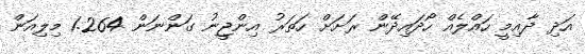
އަދި ދާއިމީ ހައްލެއް ހޯދައިދޭން ރަށަށް ހަތަރު އިންޖީނު ގަންނަން 1.264 މިލިއަން